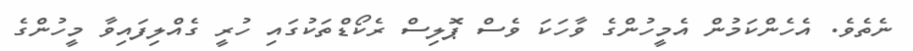
ނެތެވެ. އެހެންކަމުން އެމީހުންގެ ވާހަކަ ވެސް ޕޮލިސް ރެކޯޑްތަކުގައި ހުރީ ގެއްލިފައިވާ މީހުންގެ